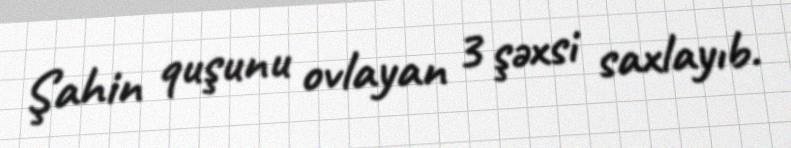
Şahin quşunu ovlayan 3 şəxsi saxlayıb.